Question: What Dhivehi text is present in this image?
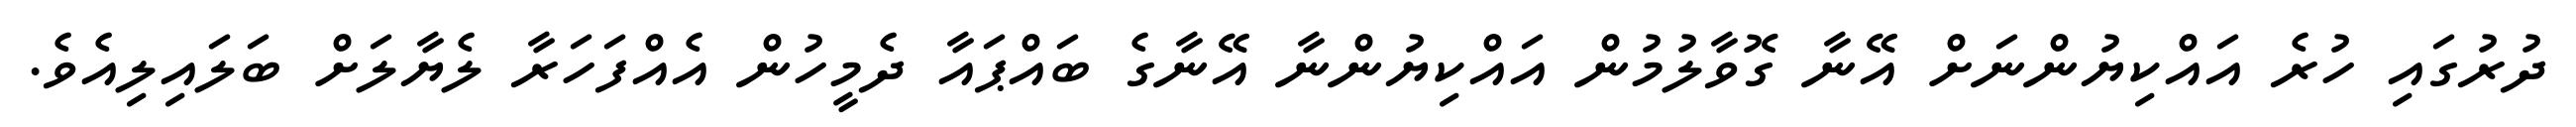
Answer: ދުރުގައި ހުރެ އައްކިޔުންނަށް އޭނާ ގޮވާލުމުން އައްކިޔުންނާ އޭނާގެ ބައްޕައާ ދެމީހުން އެއްފަހަރާ ލެޔާލަށް ބަލައިލިއެވެ.